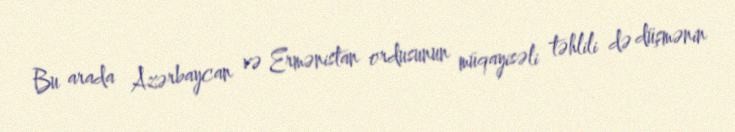
Bu arada Azərbaycan və Ermənistan ordusunun müqayisəli təhlili də düşmənin